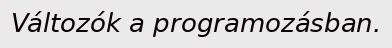
Változók a programozásban.